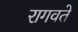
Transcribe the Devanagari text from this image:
रागवते